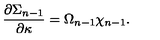
{ \frac { \partial \Sigma _ { n - 1 } } { \partial \kappa } } = \Omega _ { n - 1 } \chi _ { n - 1 } .